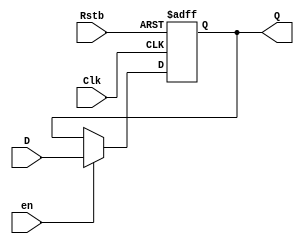
`timescale 1ns / 1ps


module LDRG_8bit(Clk, Rstb, D, en, Q);
     input Clk, Rstb; 
     input en; 
     input      [7:0] D; 
     output reg [7:0] Q; 

   always @(posedge Clk, negedge Rstb)
      if(Rstb == 1'b0)  Q <= 8'b0; else
      if(en)            Q <= D;    else
                        Q <= Q; 
      

endmodule